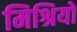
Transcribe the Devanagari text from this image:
मिश्रियों